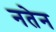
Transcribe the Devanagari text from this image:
नतेन